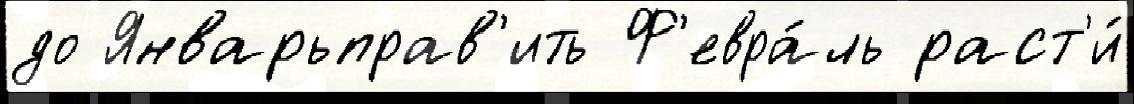
до Январьправ'ить Ф'евра́ль раст'и́